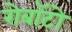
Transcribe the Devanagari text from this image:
रोबॉटो